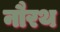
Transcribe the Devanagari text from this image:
नौरथ